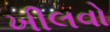
ખીલવો